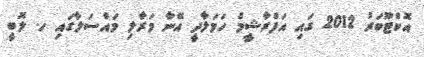
އޮކްޓޫބަރު 2012 ގައި އަފްރާޝީމް ހަމަލާދީ އޭނާ މަރާލި މައްސަލާގައި ހ. ލޮބީ